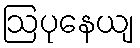
ဩပုနေယျ